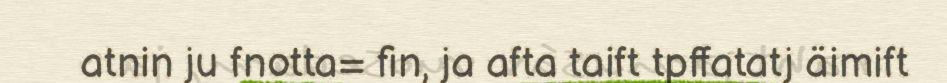
atnin ju fnotta= fin, ja afta taift tpffatatj äimift